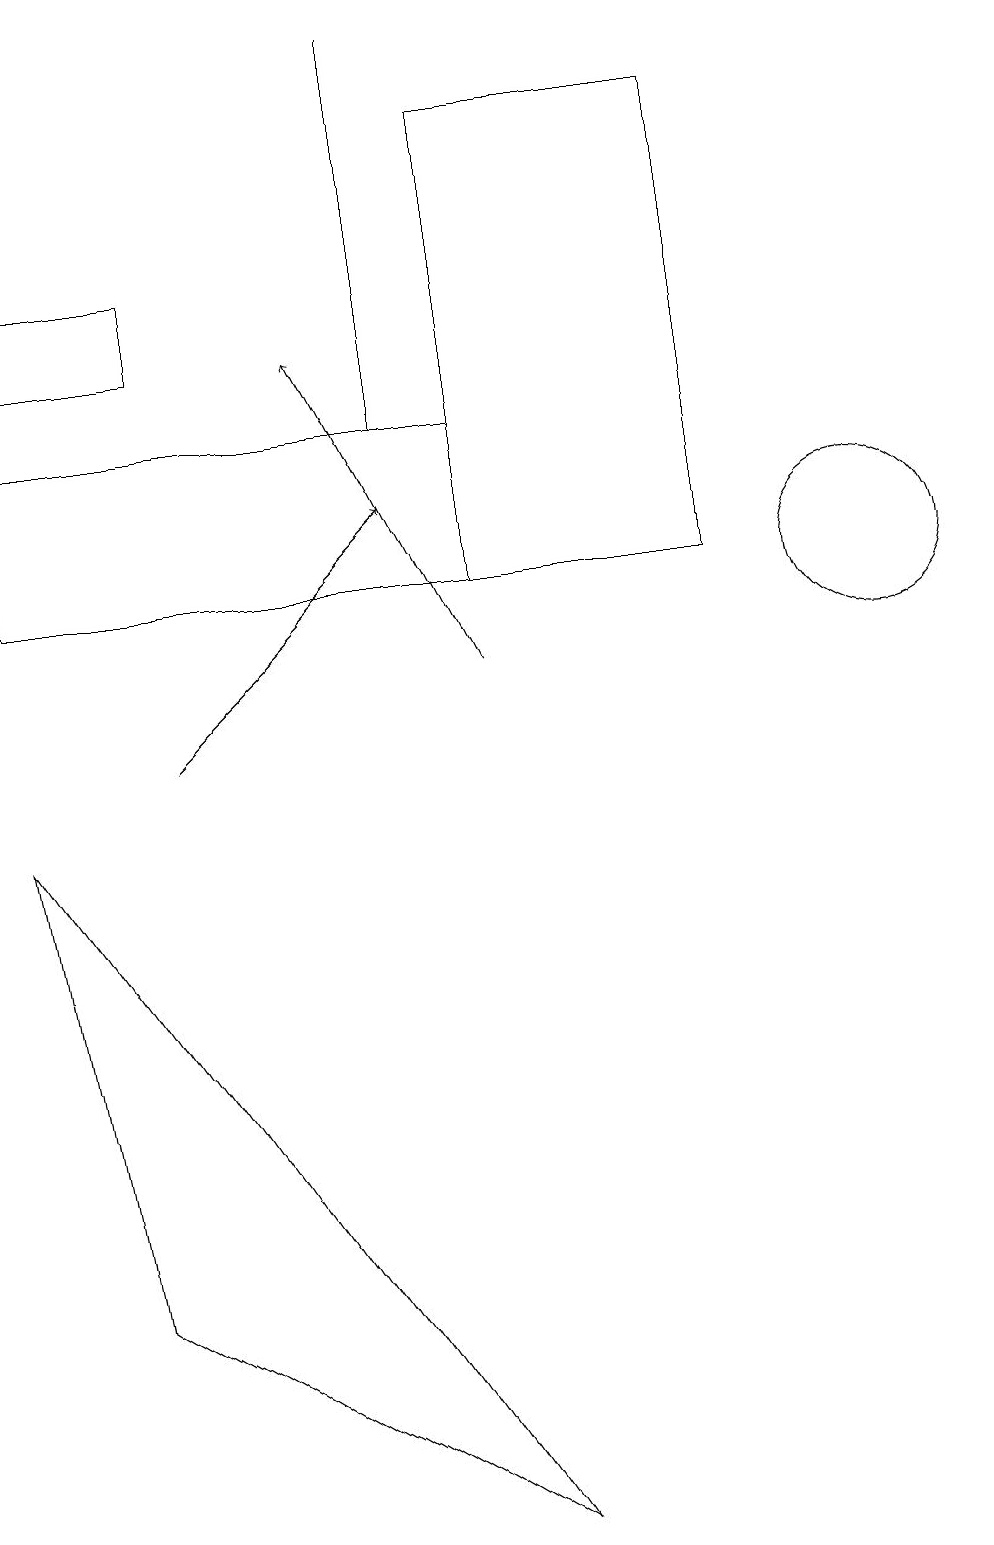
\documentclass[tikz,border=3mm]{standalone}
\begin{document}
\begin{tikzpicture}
\draw (2,16) rectangle (0,15);
\draw (11,12) circle (1);
\draw[->] (2,10) -- (5,13);
\draw (6,12) rectangle (9,18);
\draw (0,14) rectangle (6,12);
\draw (1,3) -- (0,9) -- (6,0) -- cycle;
\draw[->] (6,11) -- (4,15);
\draw (5,19) rectangle (5,14);
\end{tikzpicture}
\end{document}